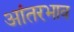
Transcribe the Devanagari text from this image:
आंतरभाव